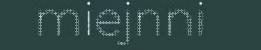
miejnni